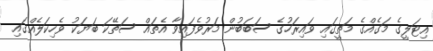
އިޓަލީގެ މަގެއްގެ މަތީގައި ވައިރަހުގެ ސަބަބުން މަރުވެފައިވާ އެތައް ސަތޭކަ ބަޔަކު ވެހިކަލެއްގައި